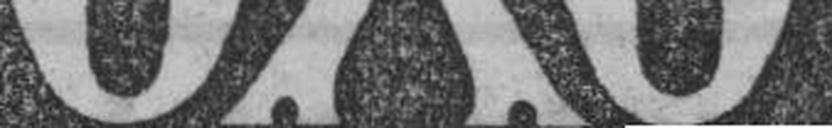
OXO